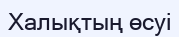
Халықтың өсуі